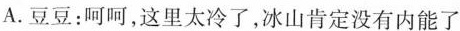
A.豆豆：呵呵，这里太冷了，冰山肯定没有内能了